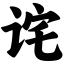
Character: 诧